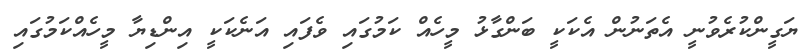
ޔަގީންކުރެވުނީ އެތަނުން އެކަކީ ބަންގާޅު މީހެއް ކަމުގައި ވެފައި އަނެކަކީ އިންޑިޔާ މީހެއްކަމުގައި